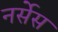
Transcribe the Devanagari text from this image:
नर्सेस